Scottish Certificate of Education, 1963
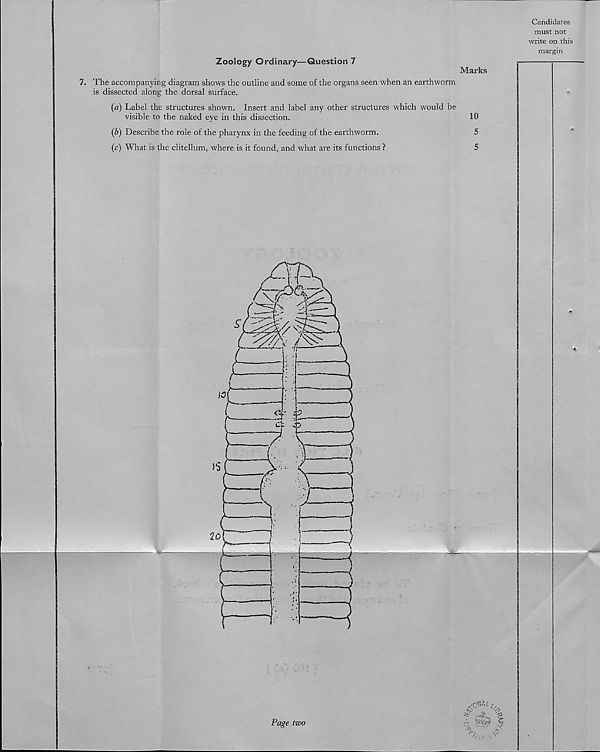
Zoology Ordinary—Question 7
Marks
7. The accompanj'ing diagram shows the outline and some of the organs seen when an earthworm
is dissected along the dorsal surface.
(a) Label the structures shown. Insert and label any other structures which would be
visible to the naked eye in this dissection.
10
(b) Describe the role of the pharynx in the feeding of the earthworm.
5
(c) What is the clitellum, where is it found, and what are its functions ?
5
Candidates
must not
write on this
margin
Page two
„ v>
■ %v . T?